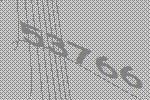
53766